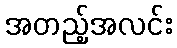
အတည့်အလင်း